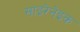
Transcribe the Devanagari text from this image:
साइरेनेइक